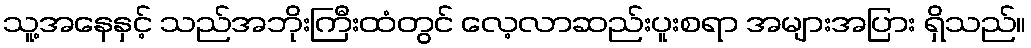
သူ့အနေနှင့် သည်အဘိုးကြီးထံတွင် လေ့လာဆည်းပူးစရာ အများအပြား ရှိသည်။